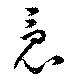
竟